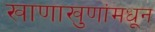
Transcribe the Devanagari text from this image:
खाणाखुणांमधून